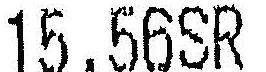
15.56SR